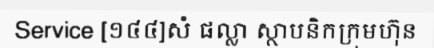
Service [១៤៤]សំ ផល្លា ស្ថាបនិកក្រុមហ៊ុន